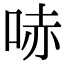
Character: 哧